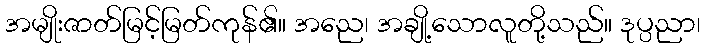
အမျိုးဇာတ်မြင့်မြတ်ကုန်၏။ အညေ၊ အချို့သောလူတို့သည်။ ဒုပ္ပညာ၊